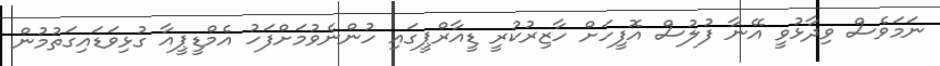
ނަމަވެސް ވިދާޅުވީ އޭނާ ފުލުސް އޮފީހަށް ހާޒިރުކުރީ ޑީއާރްޕީގައި ހުންނެވުމަށްފަހު އެމްޑީޕީއާ ގުޅިވަޑައިގަތުމުން